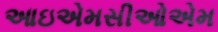
આઇએમસીઓએમ